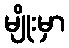
မျိုးမှာ